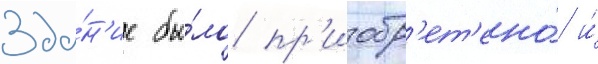
Зда́н'ие бы́ло пр'иобр'ет'ено́ и́